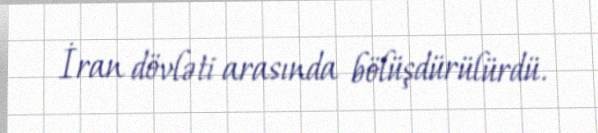
İran dövləti arasında bölüşdürülürdü.